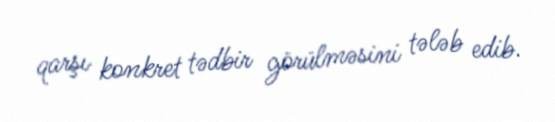
qarşı konkret tədbir görülməsini tələb edib.